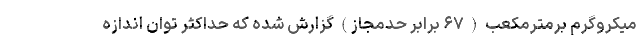
میکروگرم برمترمکعب ( ۶۷ برابر حدمجاز) گزارش شده که حداکثر توان اندازه